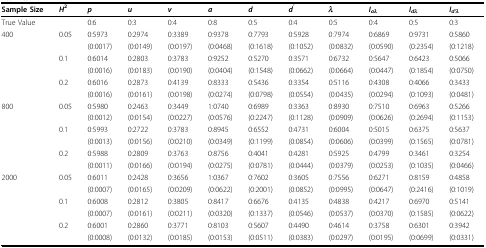
<table><thead><tr><td><b>Sample Size</b></td><td><b><i>H</i><sup>2</sup></b></td><td><b><i>p</i></b></td><td><b><i>u</i></b></td><td><b><i>v</i></b></td><td><b><i>a</i></b></td><td><b><i>d</i></b></td><td><b><i>d<sup>&#x27;</sup></i></b></td><td><b><i>λ</i></b></td><td><b><i>I</i><sub><i>aλ</i></sub></b></td><td><b><i>I</i><sub><i>dλ</i></sub></b></td><td><b><i>I</i><sub><i>d&#x27;λ</i></sub></b></td></tr></thead><tbody><tr><td>True Value</td><td></td><td>0:6</td><td>0:3</td><td>0:4</td><td>0:8</td><td>0:5</td><td>0:4</td><td>0:5</td><td>0:4</td><td>0:5</td><td>0:3</td></tr><tr><td>400</td><td>0.05</td><td>0:5973</td><td>0:2974</td><td>0:3389</td><td>0:9378</td><td>0:7793</td><td>0:5928</td><td>0:7974</td><td>0:6869</td><td>0:9731</td><td>0:5860</td></tr><tr><td></td><td></td><td>(0:0017)</td><td>(0:0149)</td><td>(0:0197)</td><td>(0:0468)</td><td>(0:1618)</td><td>(0:1052)</td><td>(0:0832)</td><td>(0:0590)</td><td>(0:2354)</td><td>(0:1218)</td></tr><tr><td></td><td>0.1</td><td>0:6014</td><td>0:2803</td><td>0:3783</td><td>0:9252</td><td>0:5270</td><td>0:3571</td><td>0:6732</td><td>0:5647</td><td>0:6423</td><td>0:5066</td></tr><tr><td></td><td></td><td>(0:0016)</td><td>(0:0183)</td><td>(0:0190)</td><td>(0:0404)</td><td>(0:1548)</td><td>(0:0662)</td><td>(0:0664)</td><td>(0:0447)</td><td>(0:1854)</td><td>(0:0750)</td></tr><tr><td></td><td>0.2</td><td>0:6016</td><td>0:2873</td><td>0:4139</td><td>0:8333</td><td>0:5436</td><td>0:3354</td><td>0:5116</td><td>0:4308</td><td>0:4066</td><td>0:3433</td></tr><tr><td></td><td></td><td>(0:0016)</td><td>(0:0161)</td><td>(0:0198)</td><td>(0:0274)</td><td>(0:0798)</td><td>(0:0554)</td><td>(0:0435)</td><td>(0:0294)</td><td>(0:1093)</td><td>(0:0481)</td></tr><tr><td>800</td><td>0.05</td><td>0:5980</td><td>0:2463</td><td>0:3449</td><td>1:0740</td><td>0:6989</td><td>0:3363</td><td>0:8930</td><td>0:7510</td><td>0:6963</td><td>0:5266</td></tr><tr><td></td><td></td><td>(0:0012)</td><td>(0:0154)</td><td>(0:0227)</td><td>(0:0576)</td><td>(0:2247)</td><td>(0:1128)</td><td>(0:0909)</td><td>(0:0626)</td><td>(0:2694)</td><td>(0:1153)</td></tr><tr><td></td><td>0.1</td><td>0:5993</td><td>0:2722</td><td>0:3783</td><td>0:8945</td><td>0:6552</td><td>0:4731</td><td>0:6004</td><td>0:5015</td><td>0:6375</td><td>0:5637</td></tr><tr><td></td><td></td><td>(0:0013)</td><td>(0:0156)</td><td>(0:0210)</td><td>(0:0349)</td><td>(0:1199)</td><td>(0:0854)</td><td>(0:0606)</td><td>(0:0399)</td><td>(0:1565)</td><td>(0:0781)</td></tr><tr><td></td><td>0.2</td><td>0:5988</td><td>0:2809</td><td>0:3763</td><td>0:8756</td><td>0:4041</td><td>0:4281</td><td>0:5925</td><td>0:4799</td><td>0:3461</td><td>0:3254</td></tr><tr><td></td><td></td><td>(0:0011)</td><td>(0:0166)</td><td>(0:0194)</td><td>(0:0275)</td><td>(0:0781)</td><td>(0:0444)</td><td>(0:0379)</td><td>(0:0253)</td><td>(0:1035)</td><td>(0:0466)</td></tr><tr><td>2000</td><td>0.05</td><td>0:6011</td><td>0:2428</td><td>0:3656</td><td>1:0367</td><td>0:7602</td><td>0:3605</td><td>0:7556</td><td>0:6271</td><td>0:8159</td><td>0:4858</td></tr><tr><td></td><td></td><td>(0:0007)</td><td>(0:0165)</td><td>(0:0209)</td><td>(0:0622)</td><td>(0:2001)</td><td>(0:0852)</td><td>(0:0995)</td><td>(0:0647)</td><td>(0:2416)</td><td>(0:1019)</td></tr><tr><td></td><td>0.1</td><td>0:6008</td><td>0:2812</td><td>0:3805</td><td>0:8417</td><td>0:6676</td><td>0:4135</td><td>0:4838</td><td>0:4217</td><td>0:6970</td><td>0:5141</td></tr><tr><td></td><td></td><td>(0:0007)</td><td>(0:0161)</td><td>(0:0211)</td><td>(0:0320)</td><td>(0:1337)</td><td>(0:0546)</td><td>(0:0537)</td><td>(0:0370)</td><td>(0:1585)</td><td>(0:0622)</td></tr><tr><td></td><td>0.2</td><td>0:6001</td><td>0:2860</td><td>0:3771</td><td>0:8103</td><td>0:5607</td><td>0:4490</td><td>0:4614</td><td>0:3758</td><td>0:6301</td><td>0:3942</td></tr><tr><td></td><td></td><td>(0:0008)</td><td>(0:0132)</td><td>(0:0185)</td><td>(0:0153)</td><td>(0:0511)</td><td>(0:0383)</td><td>(0:0297)</td><td>(0:0195)</td><td>(0:0699)</td><td>(0:0331)</td></tr></tbody></table>